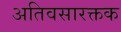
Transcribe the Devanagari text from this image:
अतिवसारक्तक